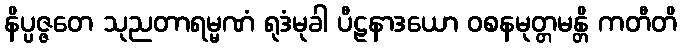
နိပ္ပဇ္ဇတေ သုညတာရမ္မဏံ ရုဒံမုခါ ပီဠနာဒယော ဝစနမုတ္တမန္တိ ကတီတိ